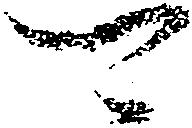
可